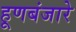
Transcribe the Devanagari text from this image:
हूणबंजारे